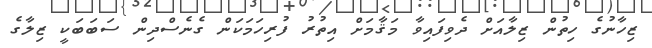
ޒިހާނުގެ ހިތުން ޒިލާއަށް ދެވިފައިވާ މަޤާމަށް އިތުރު ފުރިހަމަކަން ގެނެސްދިން ސަބަބަކީ ޒިލާގެ